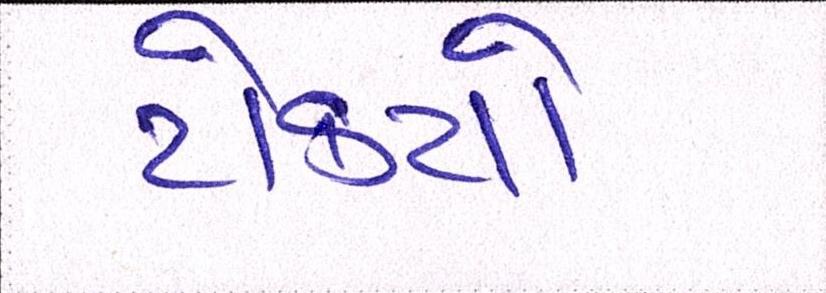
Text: ટોક્યો